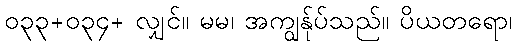
၀၃၃+၀၃၄+ လျှင်။ မမ၊ အကျွန်ုပ်သည်။ ပိယတရော၊